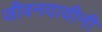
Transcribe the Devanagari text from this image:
जीवनदायीनी